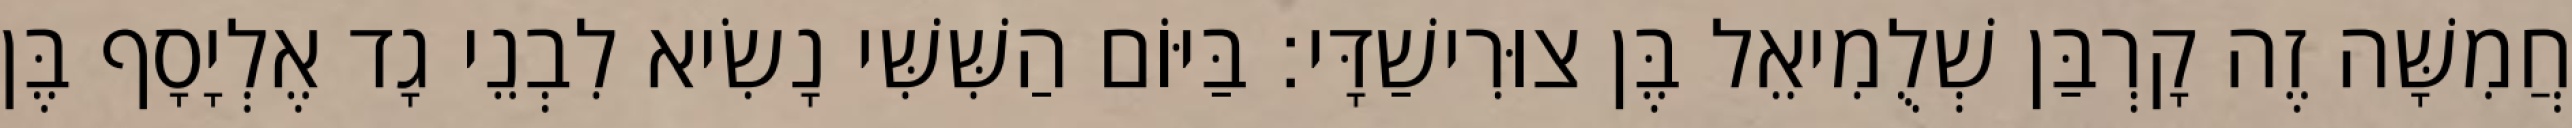
חֲמִשָּׁה זֶה קָרְבַּן שְׁלֻמִיאֵל בֶּן צוּרִישַׁדָּי׃ בַּיּוֹם הַשִּׁשִּׁי נָשִׂיא לִבְנֵי גָד אֶלְיָסָף בֶּן